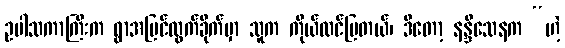
ဥပါသကာကြီးက ရွာအပြင်ထွက်ခိုက်မှာ သူက ကိုယ်ထင်ပြတယ်၊ ဒီတော့ နန္ဒိသေနက “ဟဲ့